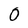
Character: 0